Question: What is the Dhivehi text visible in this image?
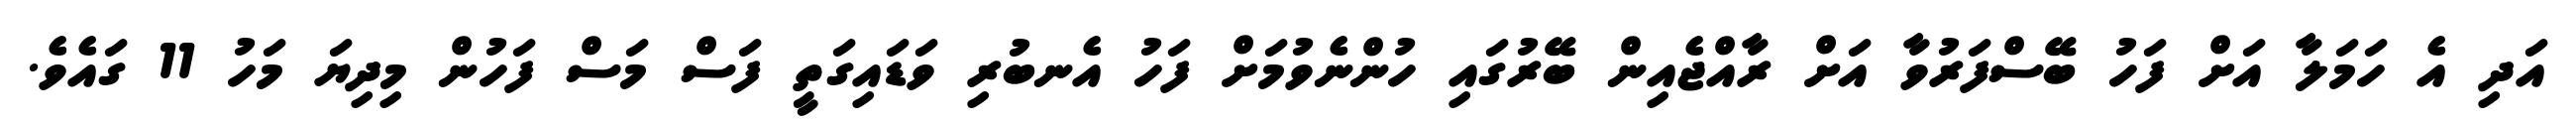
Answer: އަދި އެ ހަމަލާ އަށް ފަހު ބޭސްފަރުވާ އަށް ރާއްޖެއިން ބޭރުގައި ހުންނެވުމަށް ފަހު އެނބުރި ވަޑައިގަތީ ފަސް މަސް ފަހުން މިދިޔަ މަހު 11 ގައެވެ.